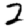
Digit: 2